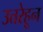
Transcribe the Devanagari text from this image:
उत्तरेहून